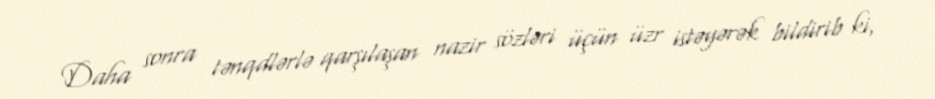
Daha sonra tənqdlərlə qarşılaşan nazir sözləri üçün üzr istəyərək bildirib ki,